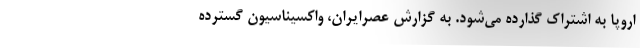
اروپا به اشتراک گذارده می‌شود. به گزارش عصرایران، واکسیناسیون گسترده